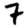
Digit: 7